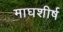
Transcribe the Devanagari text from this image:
माघशीर्ष